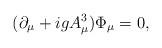
LaTeX: \begin{align*} (\partial_{\mu} + ig A_{\mu}^{3})\Phi_{\mu} = 0 ,\end{align*}